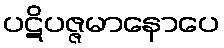
ပဋိပဇ္ဇမာနောပေ